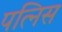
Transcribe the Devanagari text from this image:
पत्निस